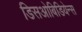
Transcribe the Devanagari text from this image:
डिसओबिडियेन्स